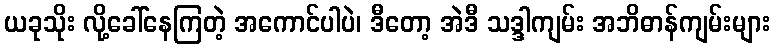
ယခုသိုး လို့ခေါ်နေကြတဲ့ အကောင်ပါပဲ၊ ဒီတော့ အဲဒီ သဒ္ဒါကျမ်း အဘိဓာန်ကျမ်းများ